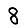
Digit: 8